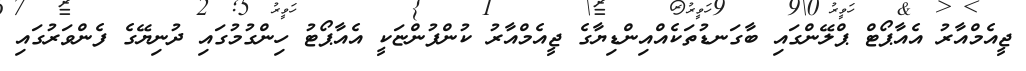
ޖީއެމްއާރު އެއާޕޯޓް ޕްލޭންގައި ބާގަނޑުތަކެއްއިންޑިޔާގެ ޖީއެމްއާރު ކުންފުންޏަކީ އެއާޕޯޓު ހިންގުމުގައި ދުނިޔޭގެ ފެންވަރުގައި